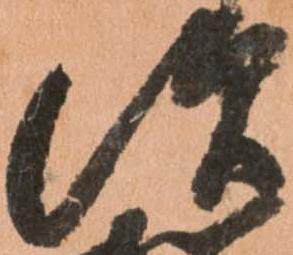
須